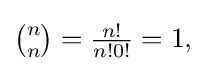
{\textstyle {\tbinom {n}{n}}={\tfrac {n!}{n!0!}}=1,}